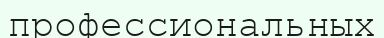
профессиональных